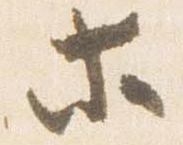
等